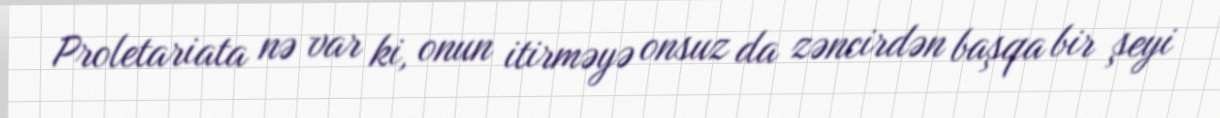
Proletariata nə var ki, onun itirməyə onsuz da zəncirdən başqa bir şeyi